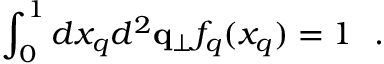
\int _ { 0 } ^ { 1 } d x _ { q } d ^ { 2 } { \bf q } _ { \perp } f _ { q } ( x _ { q } ) = 1 ~ ~ .